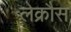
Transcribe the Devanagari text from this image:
लेक्रौस